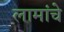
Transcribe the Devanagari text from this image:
लामांचे